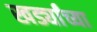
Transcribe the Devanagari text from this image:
खर्ड्यांच्या